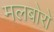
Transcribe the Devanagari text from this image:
मलबोरो